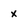
Character: x